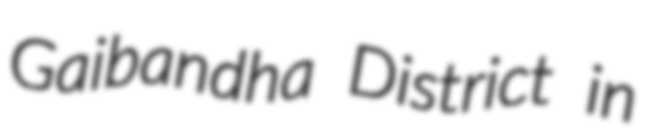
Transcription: Gaibandha District in